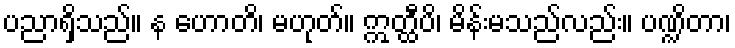
ပညာရှိသည်။ န ဟောတိ၊ မဟုတ်။ ဣတ္ထီပိ၊ မိန်းမသည်လည်း။ ပဏ္ဍိတာ၊